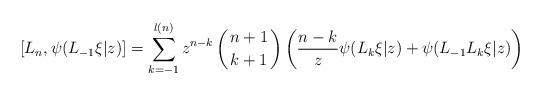
LaTeX: \begin{align*}{[}L_n,\psi(L_{-1}\xi|z){]}=\sum_{k=-1}^{l(n)}z^{n-k}\left( {n+1 \atop k+1}\right)\left(\frac{n-k}{z} \psi(L_k\xi|z)+\psi(L_{-1}L_k\xi|z) \right)\end{align*}